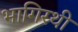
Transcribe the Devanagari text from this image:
भागिरथी